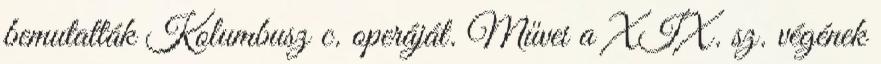
bemutatták Kolumbusz c. operáját. Művei a XIX. sz. végének